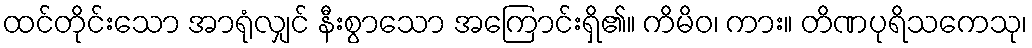
ထင်တိုင်းသော အာရုံလျှင် နီးစွာသော အကြောင်းရှိ၏။ ကိမိဝ၊ ကား။ တိဏပုရိသကေသု၊